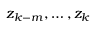
z _ { k - m } , \ldots , z _ { k }